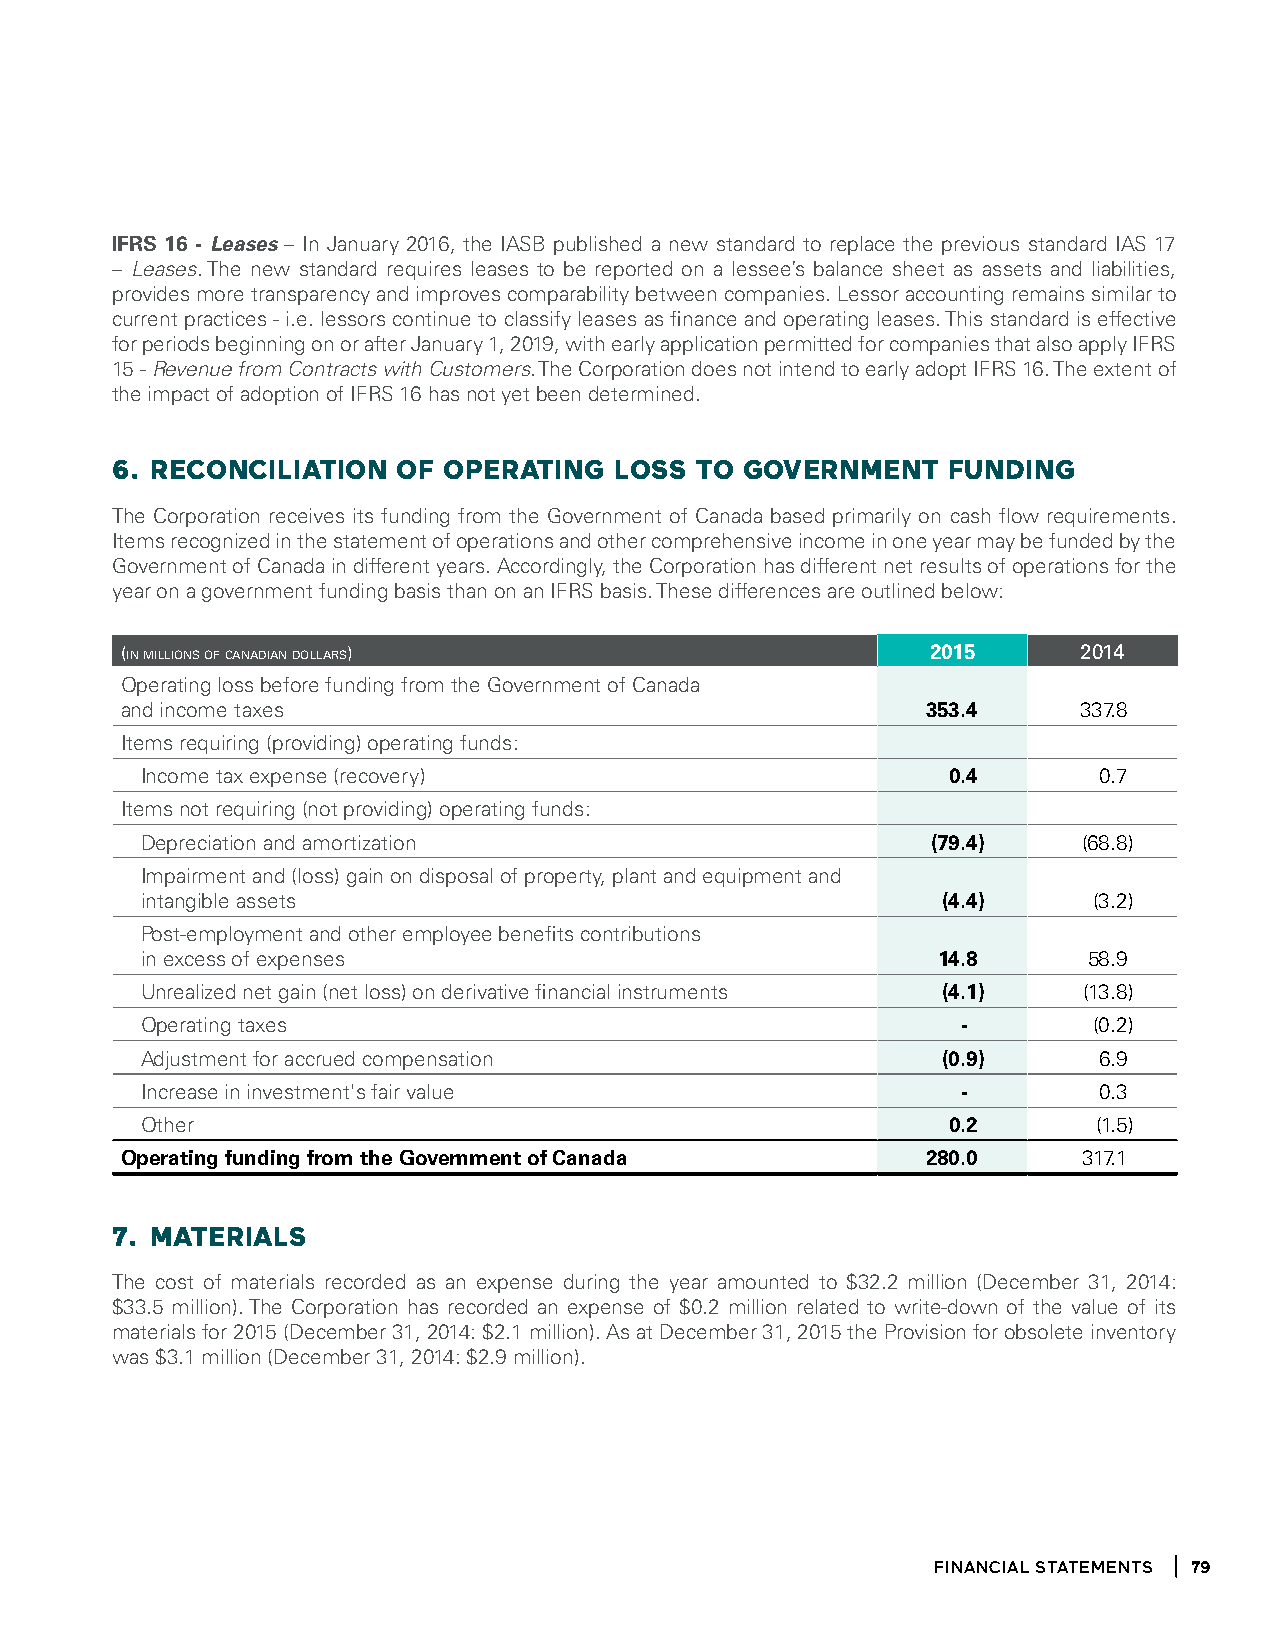
IFRS 16 - Leases – In January 2016, the IASB published a new standard to replace the previous standard IAS 17
 – Leases. The new standard requires leases to be reported on a lessee’s balance sheet as assets and liabilities,
 provides more transparency and improves comparability between companies. Lessor accounting remains similar to
 current practices - i.e. lessors continue to classify leases as finance and operating leases. This standard is effective
 for periods beginning on or after January 1, 2019, with early application permitted for companies that also apply IFRS
 15 - Revenue from Contracts with Customers. The Corporation does not intend to early adopt IFRS 16. The extent of
 the impact of adoption of IFRS 16 has not yet been determined.
 6. RecOnciliatiOn  OF OPeRatinG   lOSS tO GOVeRnment    FUnDinG
 The Corporation receives its funding from the Government of Canada based primarily on cash flow requirements.
 Items recognized in the statement of operations and other comprehensive income in one year may be funded by the
 Government of Canada in different years. Accordingly, the Corporation has different net results of operations for the
 year on a government funding basis than on an IFRS basis. These differences are outlined below:
 (in millions of canadian dollars)                     2015      2014
 Operating loss before funding from the Government of Canada
 and income taxes                                     353.4      337.8
 Items requiring (providing) operating funds:
 Income tax expense (recovery)                         0.4       0.7
 Items not requiring (not providing) operating funds:
 Depreciation and amortization                        (79.4)    (68.8)
 Impairment and (loss) gain on disposal of property, plant and equipment and
 intangible assets                                    (4.4)     (3.2)
 Post-employment and other employee benefits contributions
 in excess of expenses                                14.8      58.9
 Unrealized net gain (net loss) on derivative financial instruments (4.1) (13.8)
 Operating taxes                                        -       (0.2)
 Adjustment for accrued compensation                  (0.9)      6.9
 Increase in investment's fair value                    -        0.3
 Other                                                 0.2       (1.5)
 Operating funding from the Government of Canada      280.0      317.1
 7. mateRialS
 The cost of materials recorded as an expense during the year amounted to $32.2 million (December 31, 2014:
 $33.5 million). The Corporation has recorded an expense of $0.2 million related to write-down of the value of its
 materials for 2015 (December 31, 2014: $2.1 million). As at December 31, 2015 the Provision for obsolete inventory
 was $3.1 million (December 31, 2014: $2.9 million).
 financial statements 79